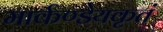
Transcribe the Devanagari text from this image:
मार्कण्डेयकृतं